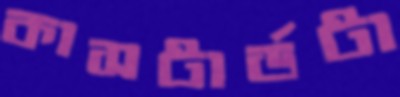
কাসটার্ডটা